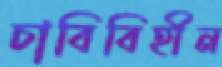
চাবিবিহীন